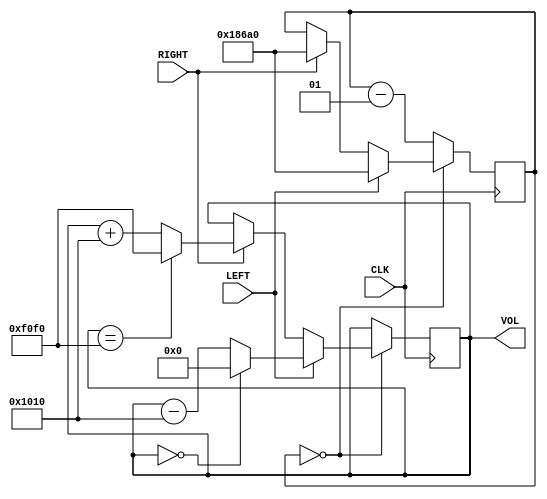
module Vol_Set
(
    CLK,
    LEFT,
    RIGHT,
    VOL
);
    input CLK;
    input LEFT;
    input RIGHT;
    output reg [15:0]VOL=16'h0000;

    integer vol_delay=0;
    always @(negedge CLK) begin
        if(vol_delay==0) begin
            if(LEFT) begin
                vol_delay<=100000;
                VOL<=(VOL==16'h0000)?16'h0000:(VOL-16'h1010);
            end
            else if(RIGHT) begin
                vol_delay <= 100000;
                VOL<=(VOL==16'hf0f0)?16'hf0f0:(VOL+16'h1010);
            end
        end
        else begin
            vol_delay<=vol_delay-1;
        end
    end
    
endmodule